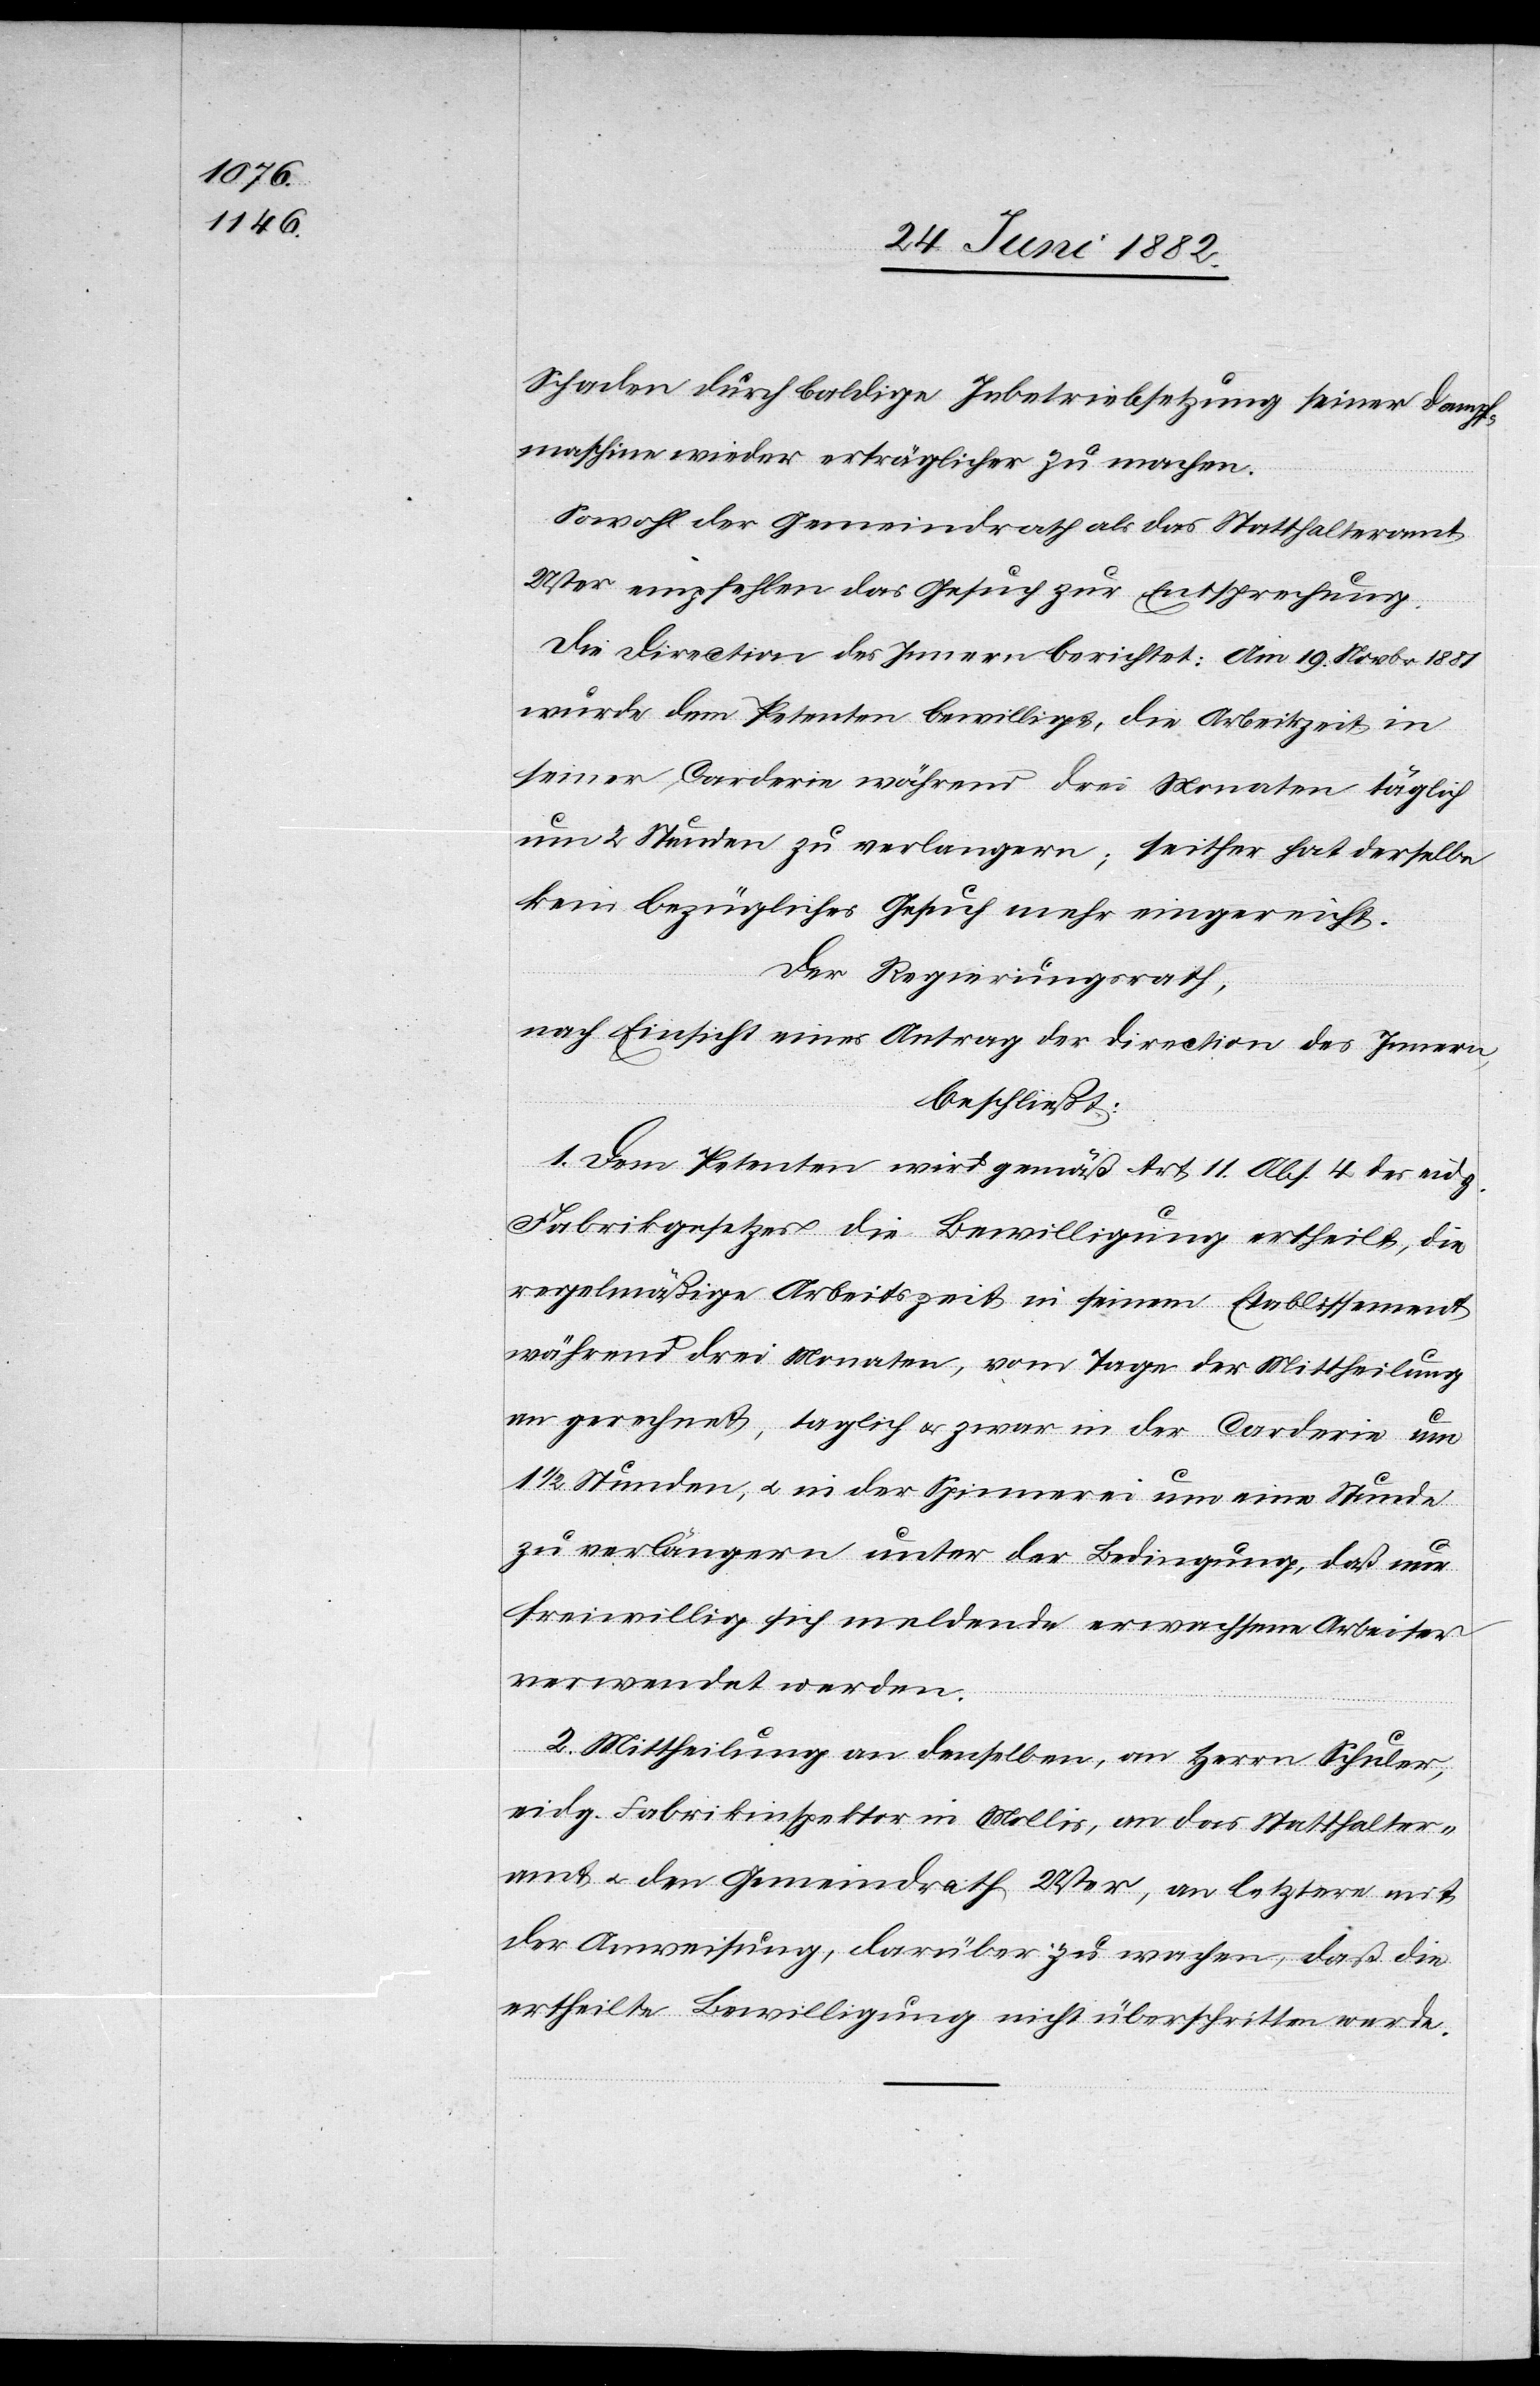
Schaden durch baldige Inbetriebsetzung seiner Dampf¬
maschine wieder erträglicher zu machen.
Sowol der Gemeindrath als das Statthalteramt
Uster empfehlen das Gesuch zur Entsprechung.
Die Direction des Innern berichtet: Am 19. Novbr. 1881
wurde dem Petenten bewilligt, die Arbeitszeit in
seiner Carderie während drei Monaten täglich
um 2 Stunden zu verlängern; seither hat derselbe
kein bezügliches Gesuch mehr eingereicht.
Der Regierungsrath,
nach Einsicht eines Antrages der Direction des Innern,
beschließt:
1. Dem Petenten wird gemäß Art. 11 Abs. 4 des eidg.
Fabrikgesetzes die Bewilligung ertheilt, die
regelmäßige Arbeitszeit in seinem Etablissement
während drei Monaten, vom Tage der Mittheilung
an gerechnet, täglich u. zwar in der Carderie um
1 1/2 Stunden, u. in der Spinnerei um eine Stunde
zu verlängern unter der Bedingung, daß nur
freiwillig sich meldende erwachsene Arbeiter
verwendet werden.
2. Mittheilung an denselben, an Herrn Schuler,
eidg. Fabrikinspektor in Mollis, an das Statthalter¬
amt u. den Gemeindrath Uster, an letztere mit
der Anweisung, darüber zu wachen, daß die
ertheilte Bewilligung nicht überschritten werde.